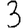
Digit: 3